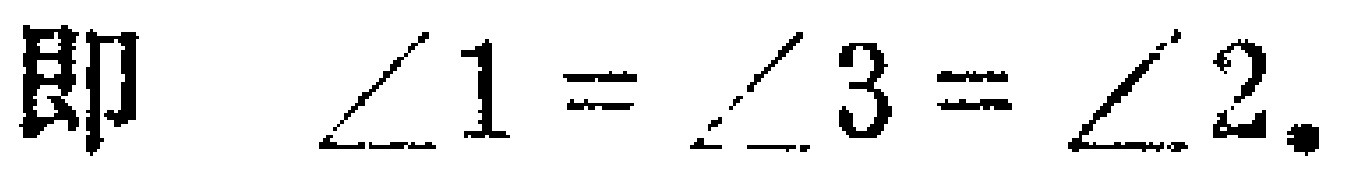
即 $\angle 1 = \angle 3 = \angle 2.$